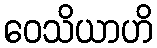
ဝေသိယာဟိ